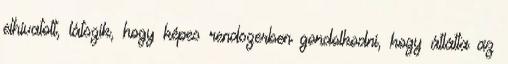
elhivatott, látszik, hogy képes rendszerben gondolkodni, hogy átlátta az